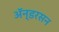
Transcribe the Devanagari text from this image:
ॲन्डरसन